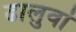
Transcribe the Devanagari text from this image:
ढालुवां